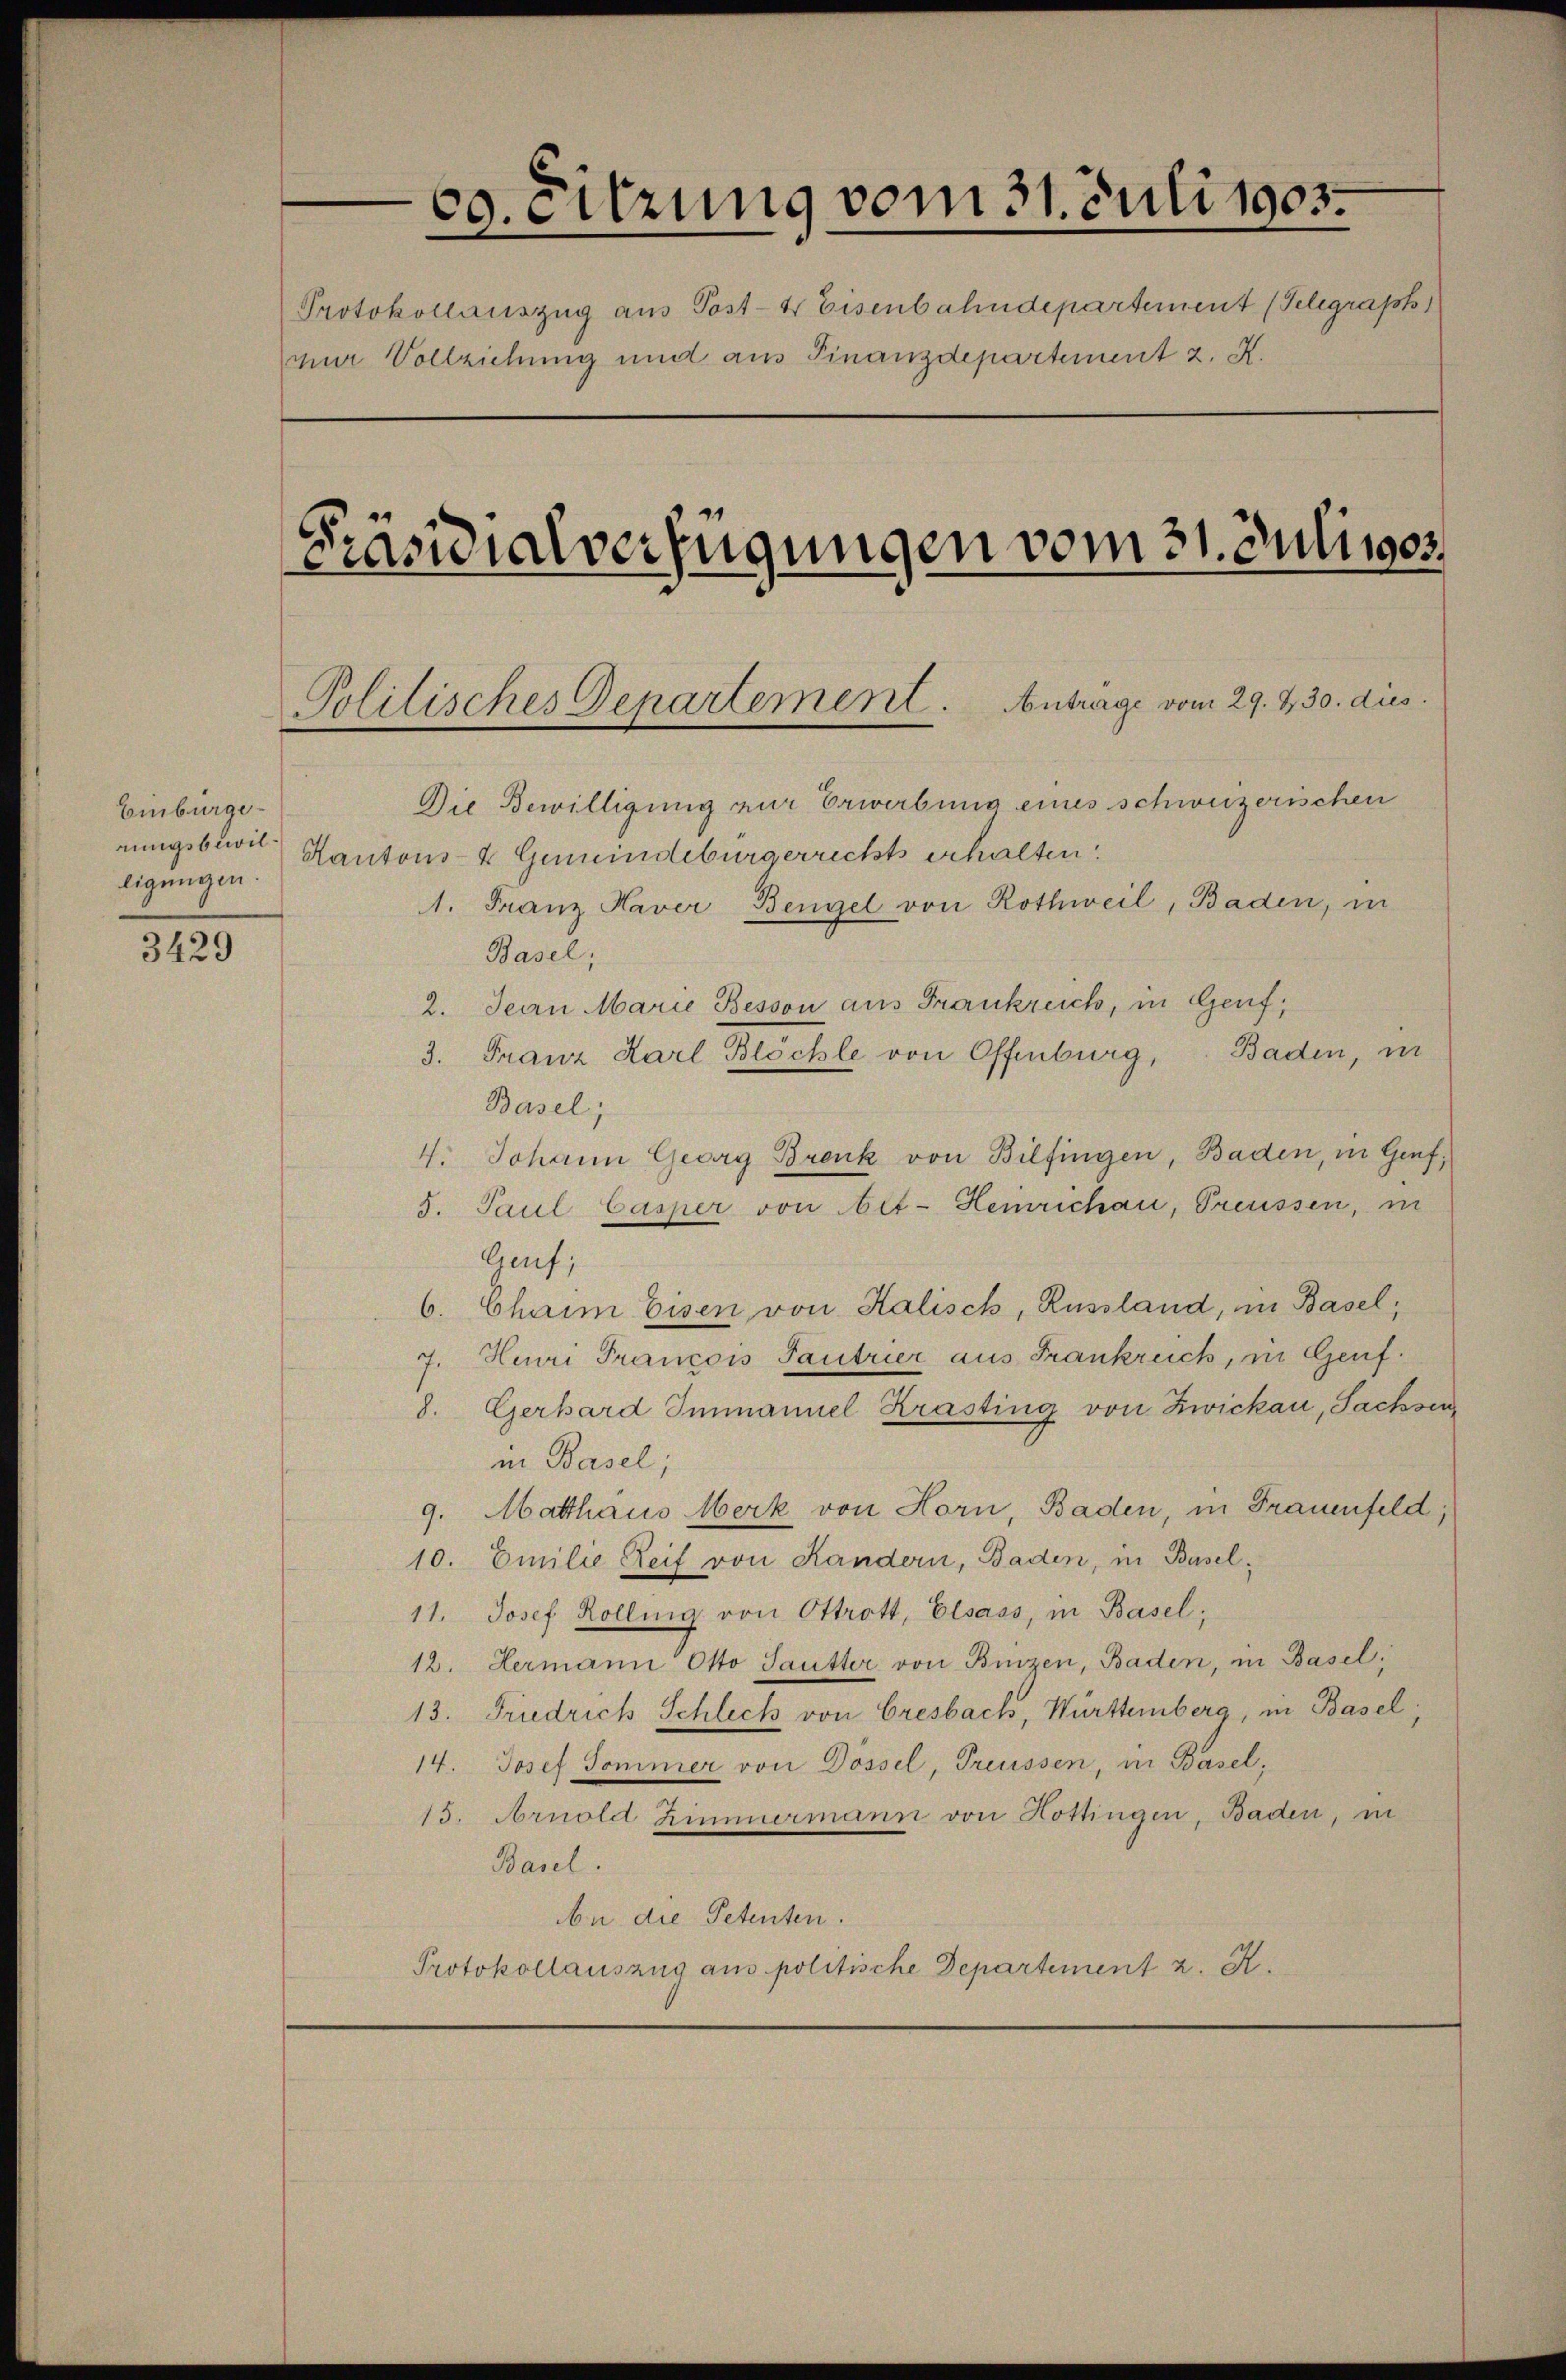
Einbürge
rungsbewilligungen.
3429

60. Sitzung vom 31. Juli 1903.
Protokollauszug aus Post-4 Eisenbahndepartement (Telegraph
mir Vollziehung und aus Finanzdepartement z. K.
Präsidialverfügungen vom 31. Juliios.
Politisches Departement. Anträge vom 29. 230. dus.
Die Bewilligung zur Erwerbung eines schweizerischen
Kantons- & Gemeindebürgerrichts erhalten.
1. Franz Haver Bengel von Rothweil, Baden, in

Basel;
2. Sein Marie Besson aus Frankreich, in Genf,
3. Franz Karl Blöchle von Offenburg, Baden, in
Basel;
V. Johann Georg Brenk von Bilfingen, Baden, in Genf,
5. Paul Casper von bet. Heinrichen, Preussen, in
Geuf;
6. Chaim Eisen von Kalisch, Russland, in Basel,
Henri Trancois Tantrier aus Frankreich, in Genf.
7.
8. Gerhard Immannel Krasting von Zwickau, Sachsen
in Basel;
9. Matthaus Merk von Horn, Baden, in Frauenfeld,
10. Emilie Reif von Kandern, Baden, in Basel¬
11. Josef Rolling von Ottrott, Elsass, in Basel;
12. Hermann Otto Sautter von Binzen, Baden, in Basel,
13. Friedrich Schleck von Cresbach, Württemberg, in Basel,
14. Josef Sommer von Dössel, Preussen, in Basel,
15. Arnold Zimmermann von Hottingen, Baden, in
Basel.
An die Petenten.
Protokollauszug aus politische Departement z. K.